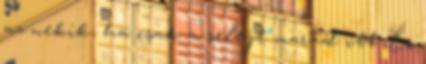
az nekik, ha csak a selejt marad itt. És